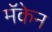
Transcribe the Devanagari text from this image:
मॅकेन